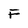
Character: F